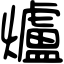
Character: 爐